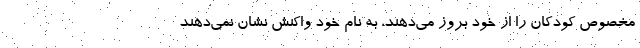
مخصوص کودکان را از خود بروز می‌دهند، به نام خود واکنش نشان نمی‌دهند